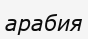
арабия